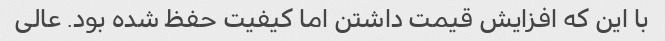
با این که افزایش قیمت داشتن اما کیفیت حفظ شده بود. عالی